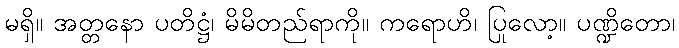
မရှိ။ အတ္တနော ပတိဋ္ဌံ၊ မိမိတည်ရာကို။ ကရောဟိ၊ ပြုလော့။ ပဏ္ဍိတော၊